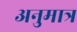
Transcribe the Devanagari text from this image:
अनुमात्र